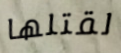
لقتلها